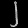
Digit: ၂